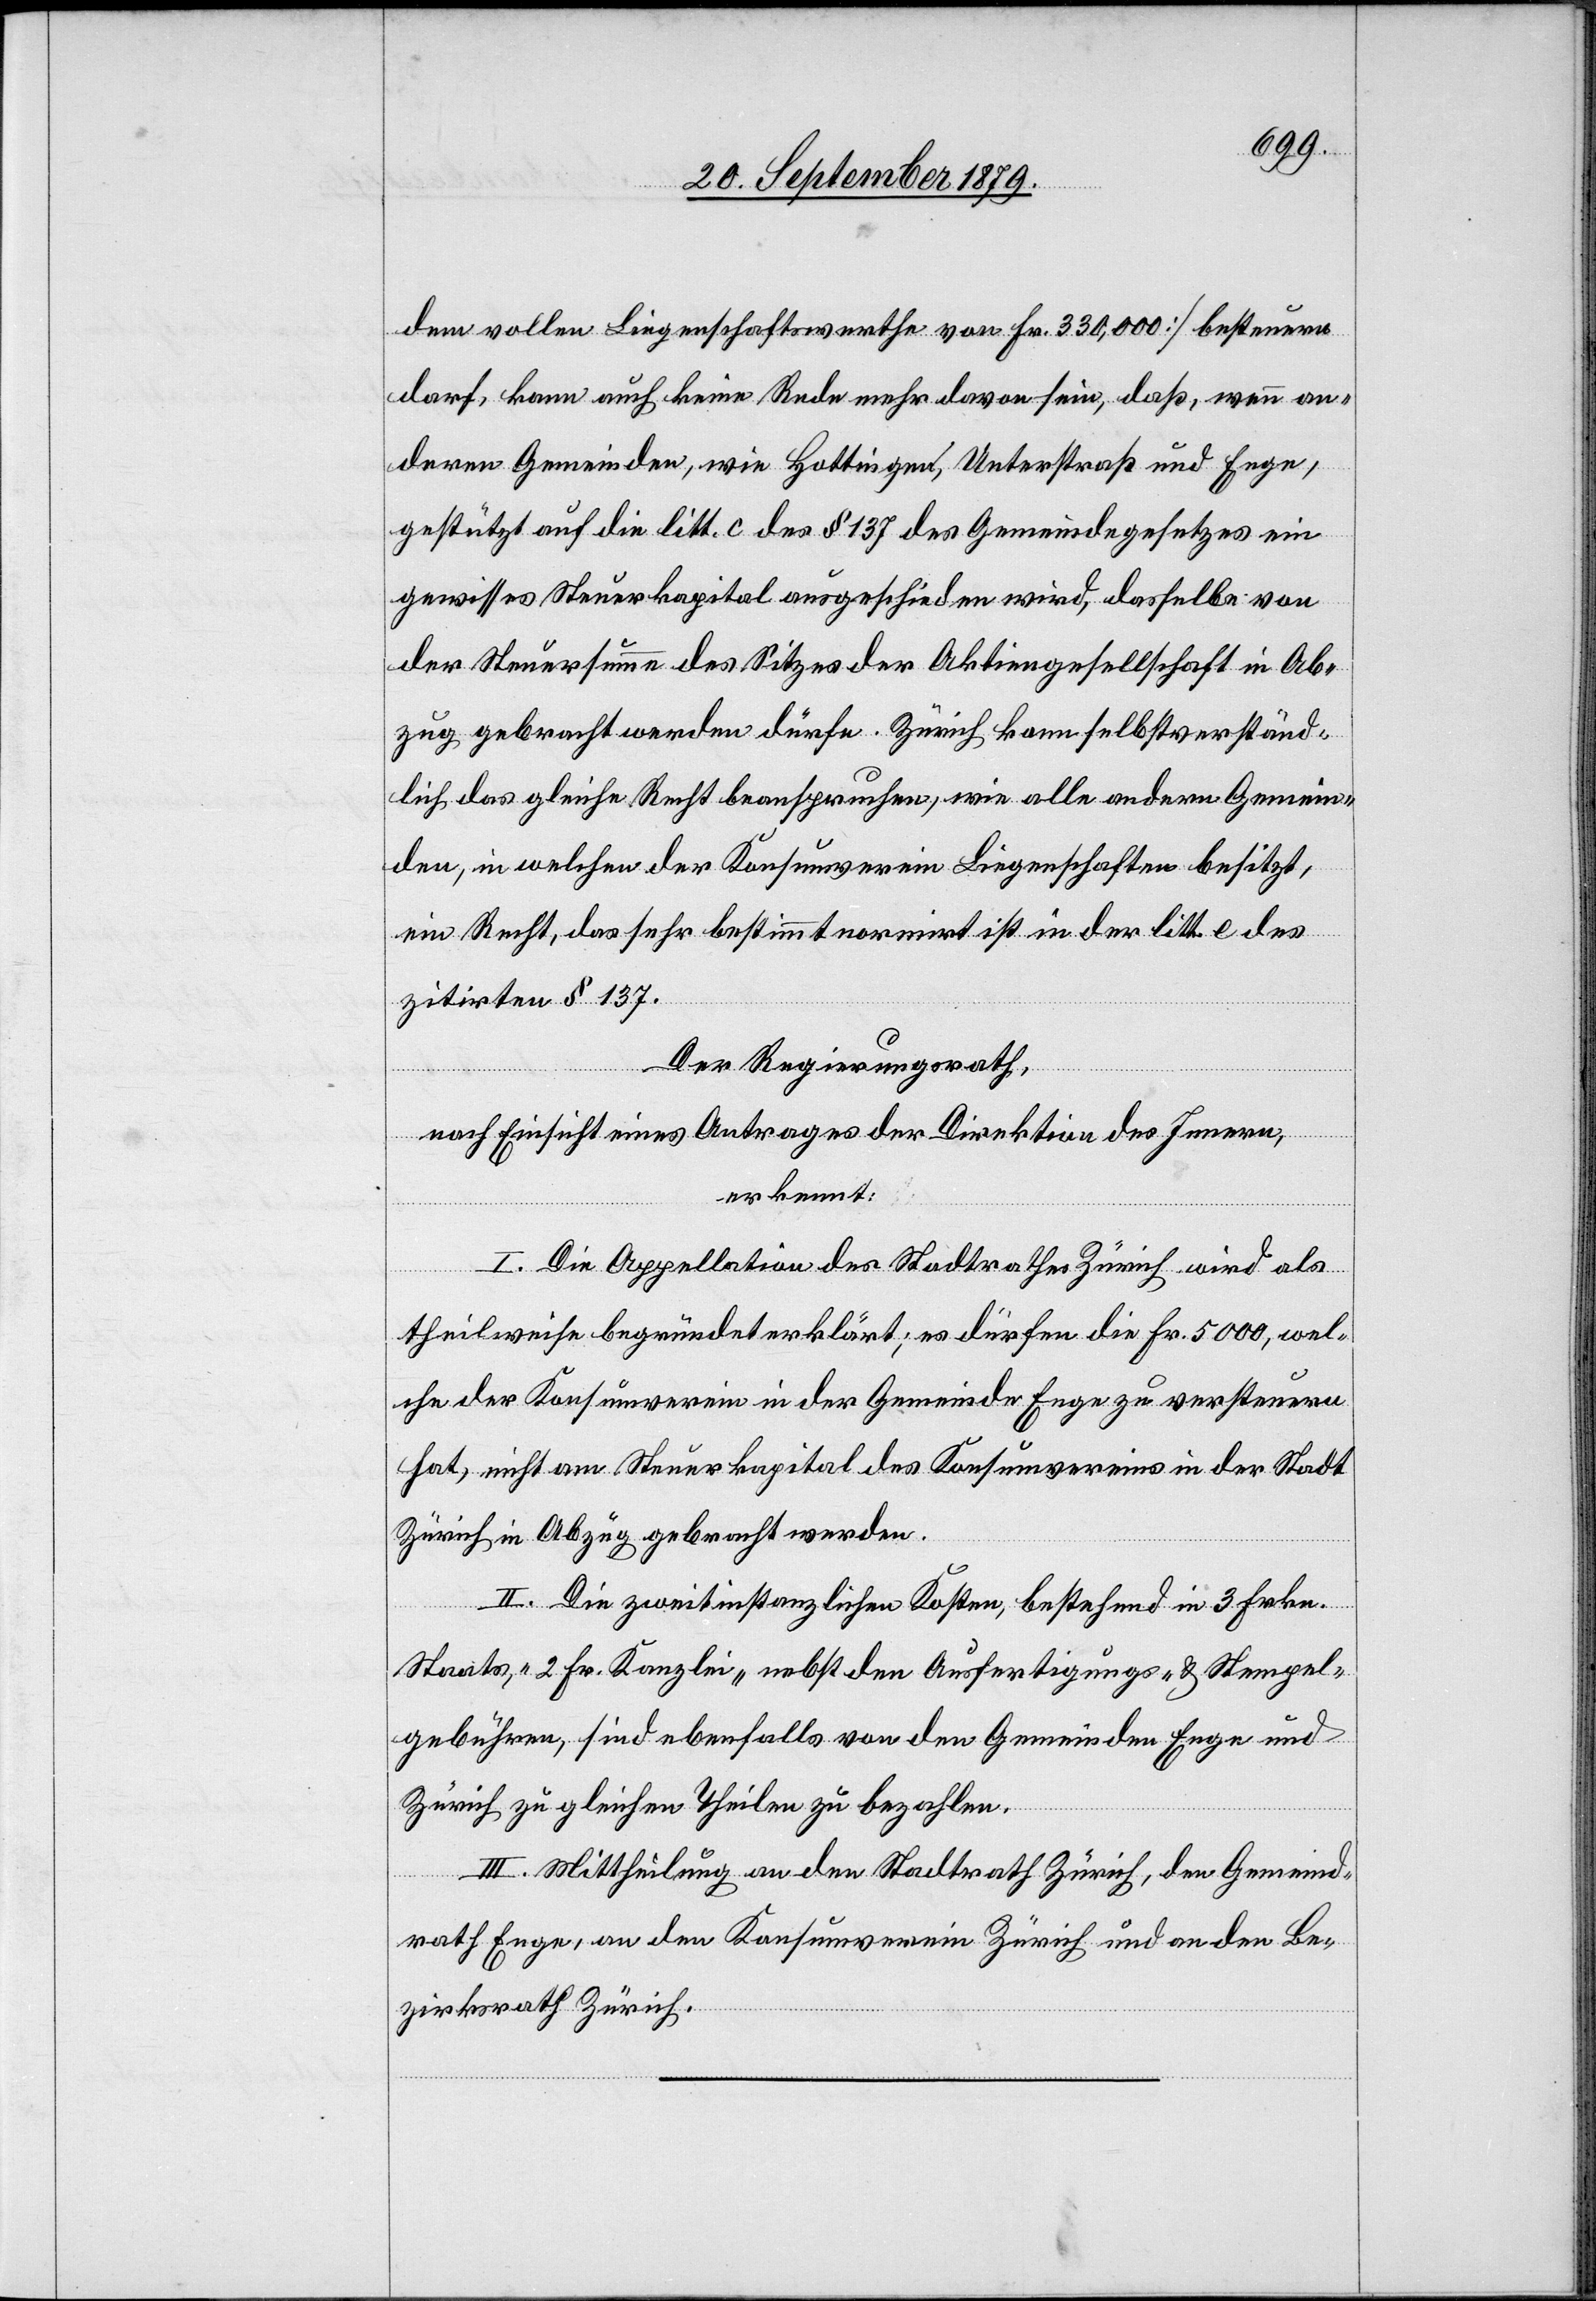
dem vollen Liegenschaftswerthe von Fr. 330,000] besteuern
darf, kann auch keine Rede mehr davon sein, daß, wenn an¬
deren Gemeinden, wie Hottigen, Unterstraß und Enge,
gestützt auf die litt. c des § 137 des Gemeindegesetzes ein
gewisses Steuerkapital ausgeschieden wird, dasselbe von
der Steuersumme des Sitzes der Aktiengesellschaft in Ab¬
zug gebracht werden dürfe. Zürich kann selbstverständ¬
lich das gleiche Recht beanspruchen, wie alle andern Gemein¬
den, in welchen der Konsumverein Liegenschaften besitzt,
ein Recht, das sehr bestimmt normirt ist in der litt. e des
zitirten § 137.
Der Regierungsrath,
nach Einsicht eines Antrages der Direktion des Innern,
erkennt:
I. Die Appellation des Stadtrathes Zürich wird als
theilweise begründet erklärt; es dürfen die Fr. 5000, wel¬
che der Konsumverein in der Gemeinde Enge zu versteuern
hat, nicht am Steuerkapital des Konsumvereins in der Stadt
Zürich in Abzug gebracht werden.
II. Die zweitinstanzlichen Kosten, bestehend in 3 Frkn.
Staats-, 2 Fr. Kanzlei- nebst den Ausfertigungs- und Stempel¬
gebühren, sind ebenfalls von den Gemeinden Enge und
Zürich zu gleichen Theilen zu bezahlen.
III. Mittheilung an den Stadtrath Zürich, den Gemeind¬
rath Enge, an den Konsumverein Zürich und an en Be¬
zirksrath Zürich.